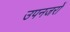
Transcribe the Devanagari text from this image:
उपनजरों